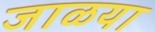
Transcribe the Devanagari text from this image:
जाळया